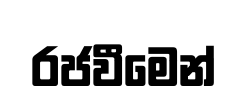
රජවීමෙන්